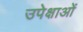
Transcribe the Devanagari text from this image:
उपेक्षाओं